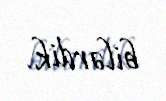
bilərdik.